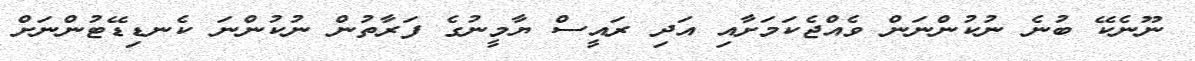
ނޫނެކޭ ބުނެ ނުކުންނަން ވެއްޖެކަމަށާއި އަދި ރައީސް ޔާމީނުގެ ފަރާތުން ނުކުންނަ ކެނޑިޑޭޓުންނަށް